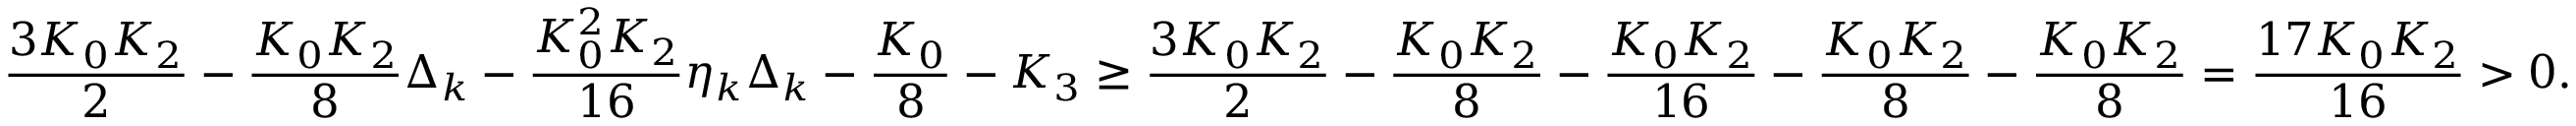
\frac { 3 K _ { 0 } K _ { 2 } } { 2 } - \frac { K _ { 0 } K _ { 2 } } { 8 } \Delta _ { k } - \frac { K _ { 0 } ^ { 2 } K _ { 2 } } { 1 6 } \eta _ { k } \Delta _ { k } - \frac { K _ { 0 } } { 8 } - K _ { 3 } \geq \frac { 3 K _ { 0 } K _ { 2 } } { 2 } - \frac { K _ { 0 } K _ { 2 } } { 8 } - \frac { K _ { 0 } K _ { 2 } } { 1 6 } - \frac { K _ { 0 } K _ { 2 } } { 8 } - \frac { K _ { 0 } K _ { 2 } } { 8 } = \frac { 1 7 K _ { 0 } K _ { 2 } } { 1 6 } > 0 .